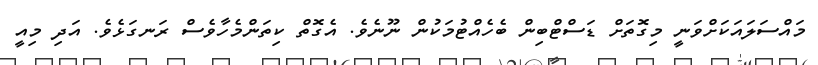
މައްސަލައަކަށްވަނީ މިގޮތަށް ޑަސްޓްބިން ބެހެއްޓުމަކުން ނޫނެވެ. އެގޮތް ކިތަންމެހާވެސް ރަނގަޅެވެ. އަދި މިއީ